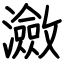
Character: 瀲